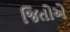
જિતોએ